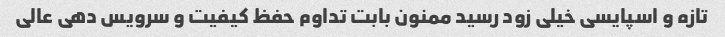
تازه و اسپایسی خیلی زود رسید ممنون بابت تداوم حفظ کیفیت و سرویس دهی عالی